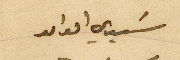
سَيدي الوالد